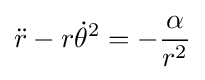
{\ddot {r}}-r{\dot {\theta }}^{2}=-{\frac {\alpha }{r^{2}}}